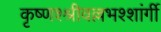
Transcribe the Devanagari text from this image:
कृष्णश्श्रीवल्लभश्शांर्गी